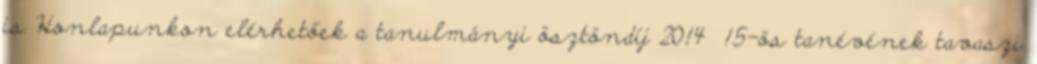
is Honlapunkon elérhetőek a tanulmányi ösztöndíj 2014 15-ös tanévének tavaszi